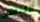
التلفاز